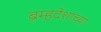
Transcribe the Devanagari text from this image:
ब्रम्हदेशाच्या